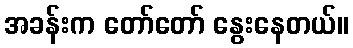
အခန်းက တော်တော် နွေးနေတယ်။